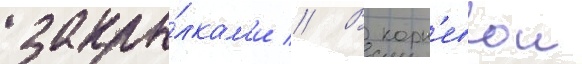
закры́лкам'и // В корн'евои